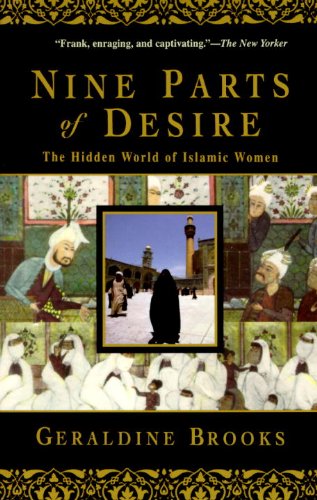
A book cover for Nine Parts of Desire: The Hidden World of Islamic Women; Geraldine Brooks; Politics & Social Sciences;